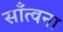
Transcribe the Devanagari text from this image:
साँत्वना